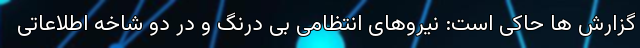
گزارش ها حاکی است: نیرو‌های انتظامی بی درنگ و در دو شاخه اطلاعاتی